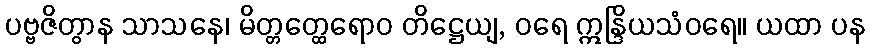
ပဗ္ဗဇိတွာန သာသနေ၊ မိတ္တတ္ထေရောဝ တိဋ္ဌေယျ, ဝရေ ဣန္ဒြိယသံဝရေ။ ယထာ ပန